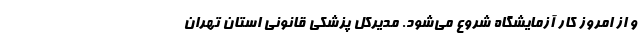
و از امروز کار آزمایشگاه شروع می‌شود. مدیرکل پزشکی قانونی استان تهران